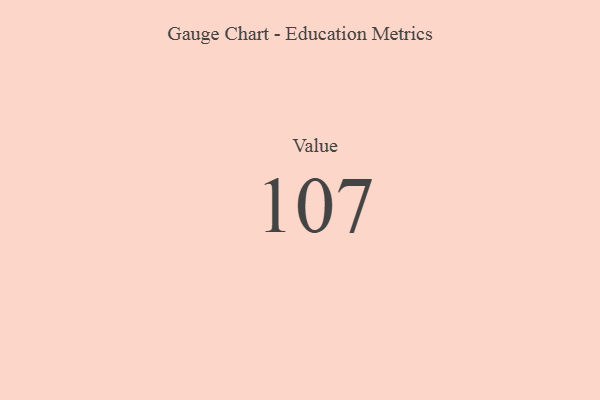
{"axis": {"x": "Metric", "y": "Value"}, "legend": [""], "data": [{"x": "Value", "y": 107, "type": ""}]}